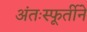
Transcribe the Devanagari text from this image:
अंतःस्फूर्तीने